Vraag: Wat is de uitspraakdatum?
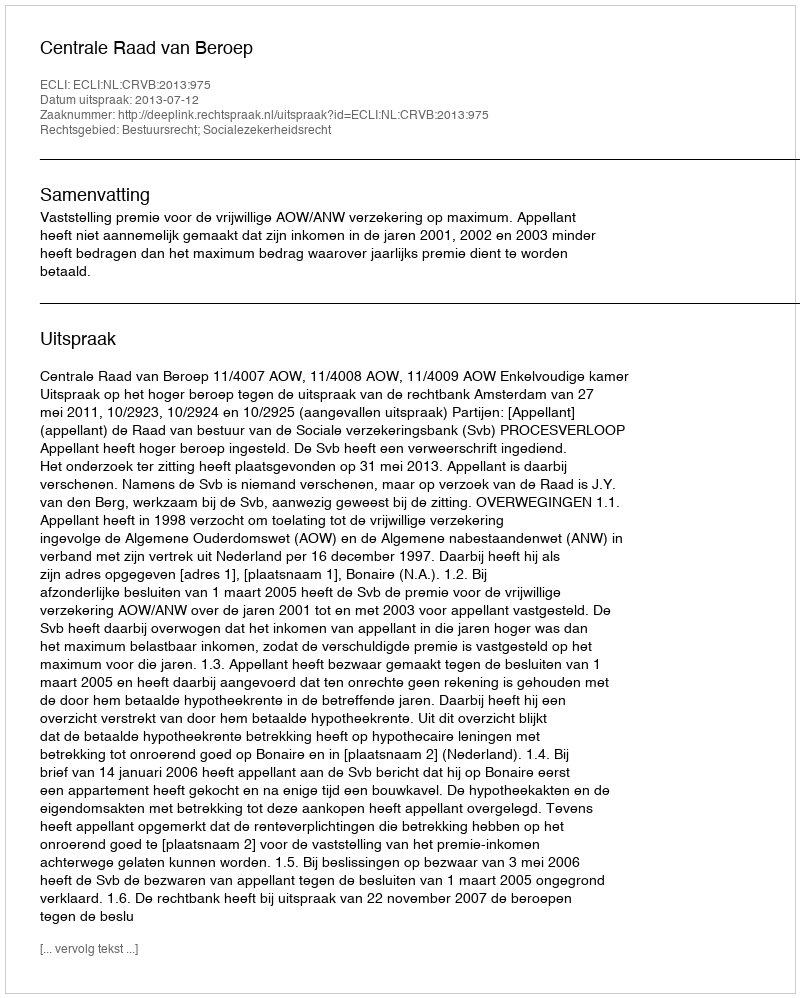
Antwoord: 2013-07-12